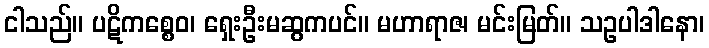
ငါသည်။ ပဋိကစ္စေဝ၊ ရှေးဦးမဆွကပင်။ မဟာရာဇ၊ မင်းမြတ်။ သဥပါဒါနော၊